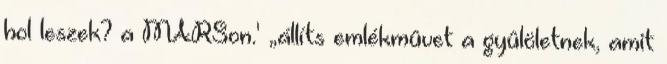
hol leszek? a MARSon.' „állíts emlékmûvet a gyûlöletnek, amit